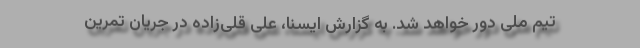
تیم ملی دور خواهد شد. به گزارش ایسنا، علی قلی‌زاده در جریان تمرین